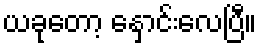
ယခုတော့ နှောင်းလေပြီ။